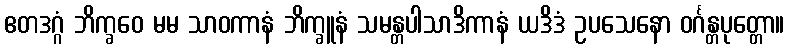
ဧတဒဂ္ဂံ ဘိက္ခဝေ မမ သာဝကာနံ ဘိက္ခူနံ သမန္တပါသာဒိကာနံ ယဒိဒံ ဥပသေနော ဝင်္ဂန္တပုတ္တော။